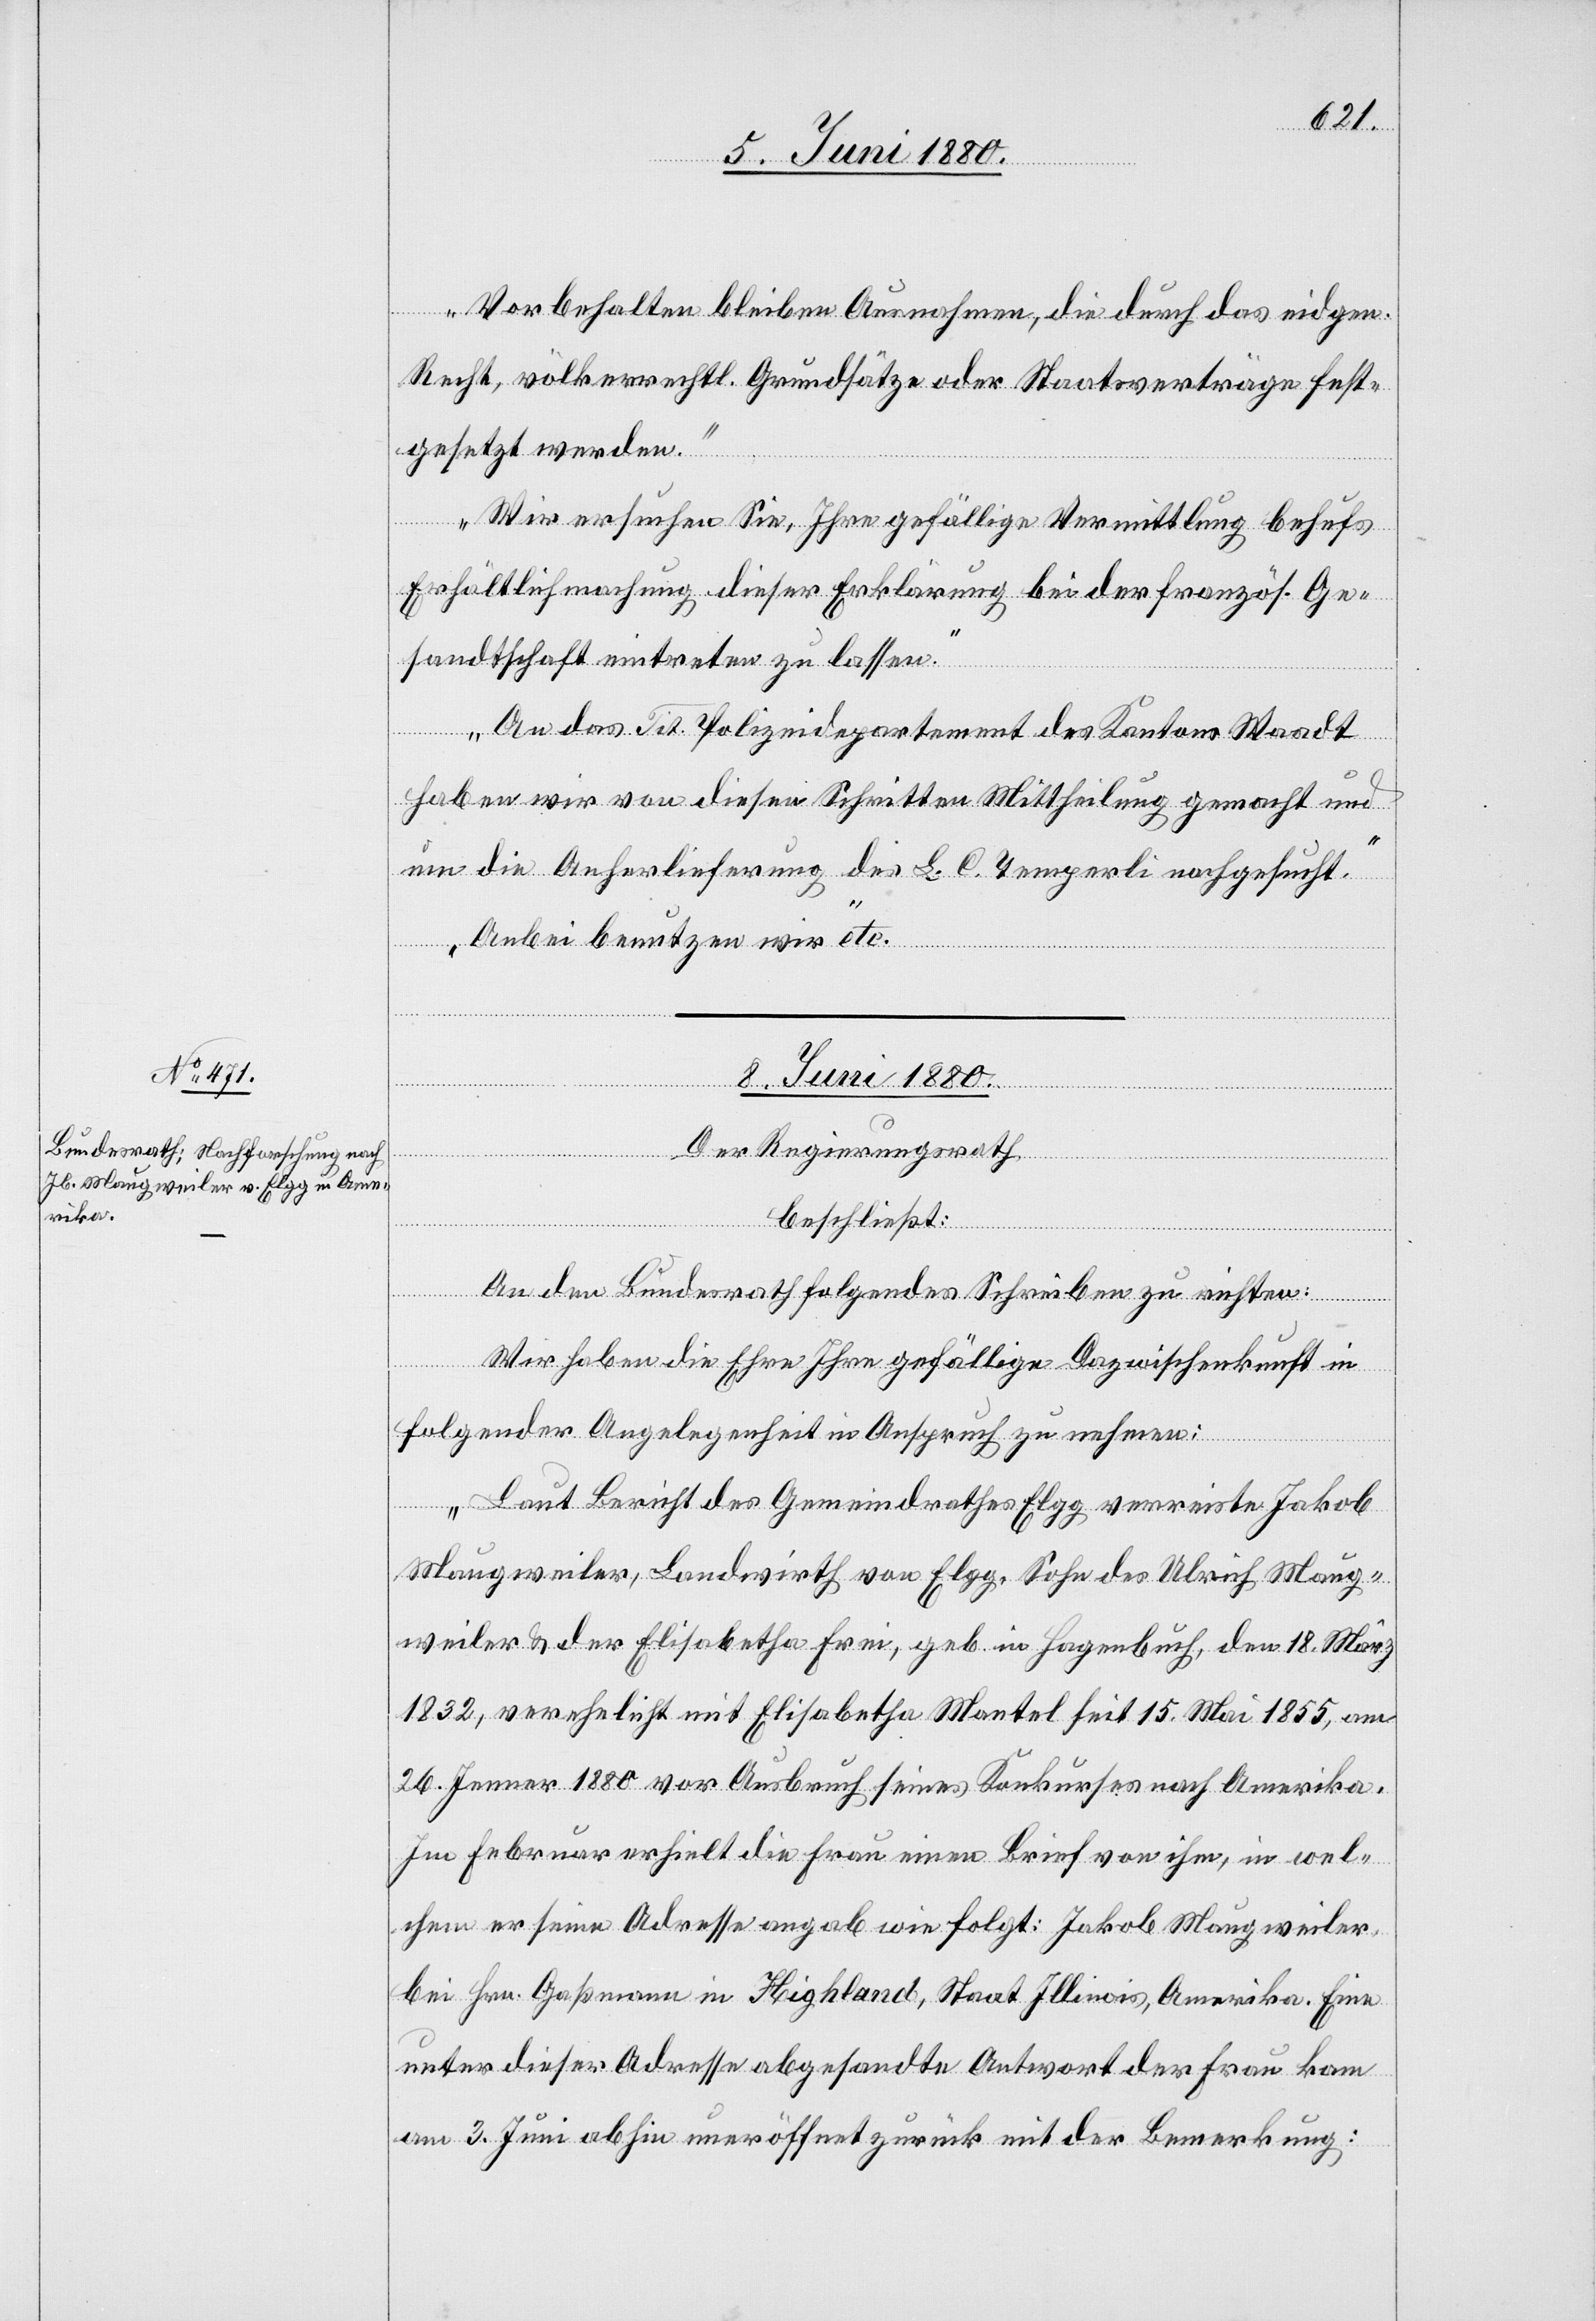
Vorbehalten bleiben Ausnahmen, die durch das eidgen.
Recht, völkerrechtl. Grundsätze oder Staatsverträge fest¬
gesetzt werden.“
Wir ersuchen Sie, Ihre gefällige Vermittlung behufs
Erhältlichmachung dieser Erklärung bei der französ. Ge¬
sandtschaft eintreten zu lassen.
[„]W¬
An das Tit. Polizeidepartement des Kantons Waadt
haben wir von diesen Schritten Mittheilung gemacht und
um die Anherlieferung des L. C. Temperli nachgesucht.
Anbei benutzen wir“ etc.
8. Juni 1880.
Der Regierungsrath
beschließt:
An den Bundesrath folgendes Schreiben zu richten:
ir haben die Ehre Ihre gefällige Dazwischenkunft in
folgender Angelegenheit in Anspruch zu nehmen:
Laut Bericht des Gemeindrathes Elgg verreiste Jakob
Maugweiler, Landwirth von Elgg, Sohn des Ulrich Maug¬
weiler & der Elisabetha Frei, geb. in Hagenbuch, den 18. März
1832, verehelicht mit Elisabetha Mantel seit 15. Mai 1855, am
26. Jenner 1880 vor Ausbruch seines Konkurses nach Amerika.
Im Februar erhielt die Frau einen Brief von ihm, in wel¬
chem er seine Adresse angab wie folgt: Jakob Maugweiler,
bei Hrn. Gaßmann in Highland, Staat Illinois, Amerika. Eine
unter dieser Adresse abgesandte Antwort der Frau kann
am 3. Juni uneröffnet zurück mit der Bemerkung: